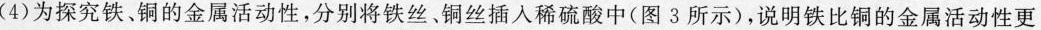
(4)为探究铁、铜的金属活动性，分别将铁丝、铜丝插入稀硫酸中(图3所示)，说明铁比铜的金属活动性更